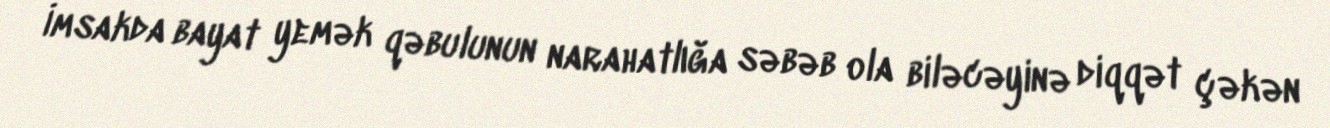
İmsakda bayat yemək qəbulunun narahatlığa səbəb ola biləcəyinə diqqət çəkən